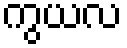
ကွယလ